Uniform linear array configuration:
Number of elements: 8
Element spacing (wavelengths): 1
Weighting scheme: kaiser
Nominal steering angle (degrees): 60
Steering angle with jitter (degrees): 58.982
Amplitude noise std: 0.05
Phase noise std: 0.05

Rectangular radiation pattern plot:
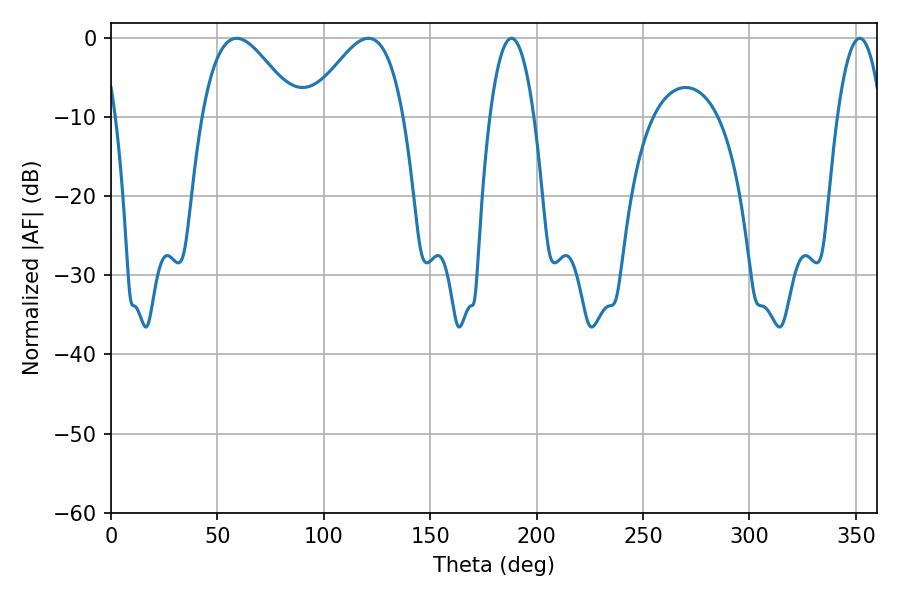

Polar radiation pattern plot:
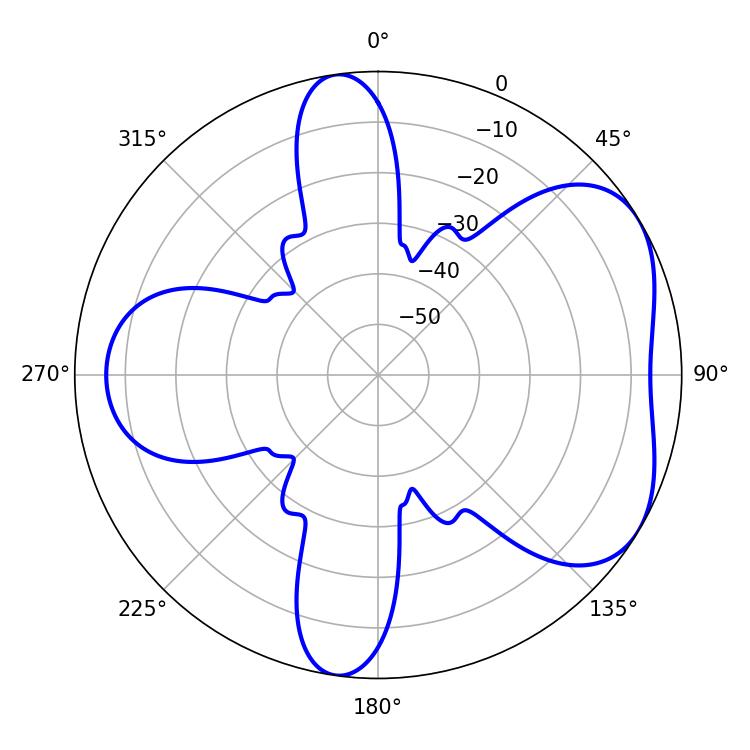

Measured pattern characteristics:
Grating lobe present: TRUE
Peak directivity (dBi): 4.934
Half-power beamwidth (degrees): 23.94
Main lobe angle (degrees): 59.04